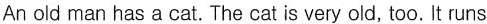
An old man has a cat. The cat is very old, too. It runs